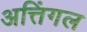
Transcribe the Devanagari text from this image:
अत्तिंगल